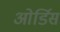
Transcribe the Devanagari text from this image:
ओर्डिस